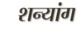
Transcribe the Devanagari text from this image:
शन्यांग